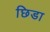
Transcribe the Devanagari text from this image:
छिडा